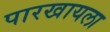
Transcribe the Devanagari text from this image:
पारखायला